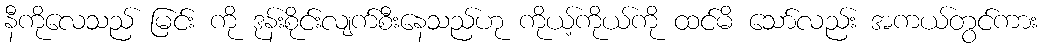
နီကိုလေသည် မြင်း ကို ဒုန်းစိုင်းလျက်စီးနေသည်ဟု ကိုယ့်ကိုယ်ကို ထင်မိ သော်လည်း အကယ်တွင်ကား